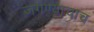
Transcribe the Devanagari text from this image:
जगण्याचाच